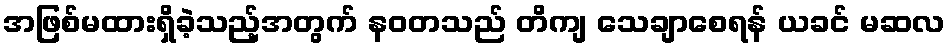
အဖြစ်မထားရှိခဲ့သည့်အတွက် နဝတသည် တိကျ သေချာစေရန် ယခင် မဆလ